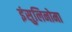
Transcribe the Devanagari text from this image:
इंसुलिनोमा